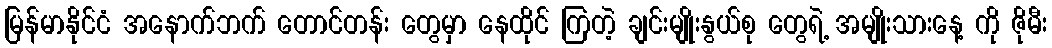
မြန်မာနိုင်ငံ အနောက်ဘက် တောင်တန်း တွေမှာ နေထိုင် ကြတဲ့ ချင်းမျိုးနွယ်စု တွေရဲ့ အမျိုးသားနေ့ ကို ဇိုမီး